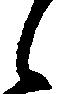
候